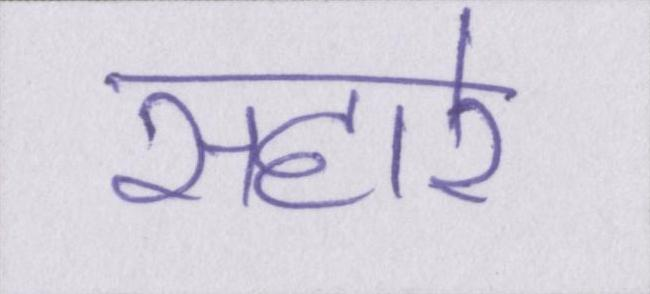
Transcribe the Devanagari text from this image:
सहारे